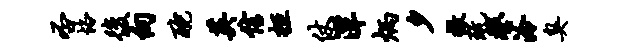
否恪后向酡英信拒仗潭炳夕撤玩鏊泠臭